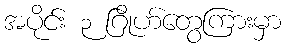
အပိုင်း ၃ ဂြိုဟ်တွေကြားမှာ